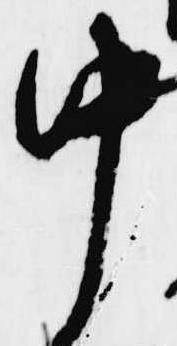
中